Report on lock hospitals in British Burma
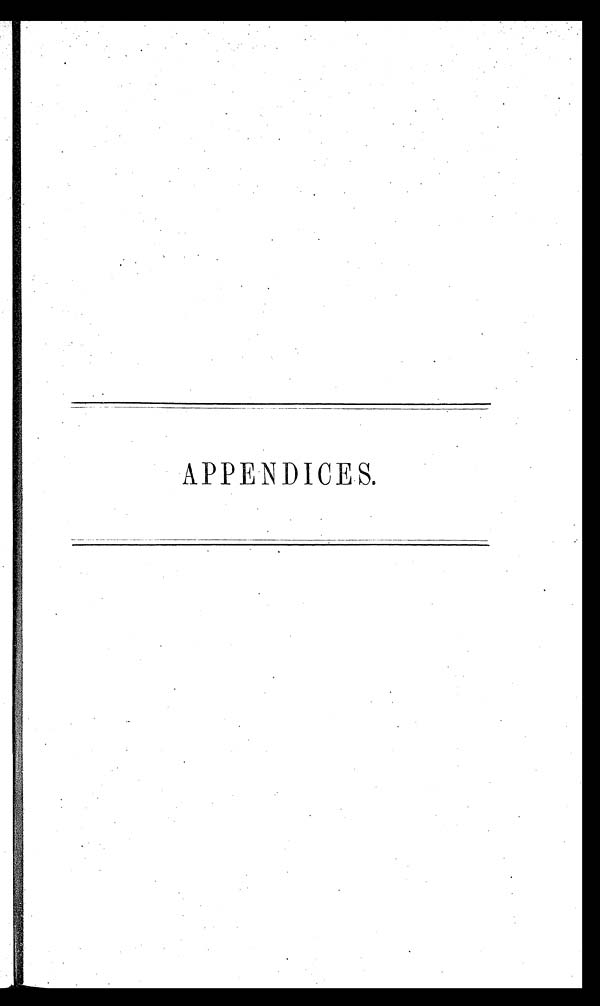
APPENDICES.